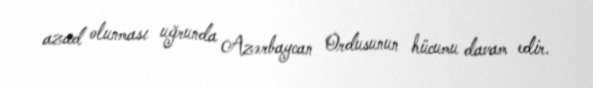
azad olunması uğrunda Azərbaycan Ordusunun hücumu davam edir.